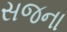
સજના